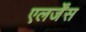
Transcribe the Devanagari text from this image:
एलर्जेंस